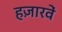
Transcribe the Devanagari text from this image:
हज़ारवें